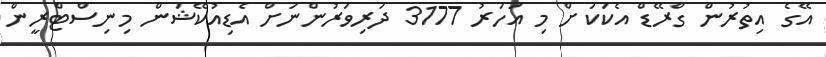
އޭގެ އިތުރުން ގްރޭޑް އެކަކަށް މި އަހަރު 3177 ދަރިވަރުންނަށް އެޑިއުކޭޝަން މިނިސްޓްރީން